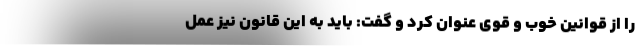
را از قوانین خوب و قوی عنوان کرد و گفت: باید به این قانون نیز عمل